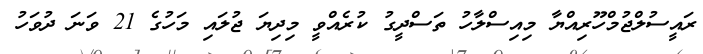
ރައީސުލްޖުމްހޫރިއްޔާ މިއިސްލާހު ތަސްދީގު ކުރެއްވީ މިދިޔަ ޖުލައި މަހުގެ 21 ވަނަ ދުވަހު